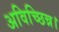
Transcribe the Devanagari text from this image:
अविच्छिन्न।